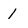
Character: 1